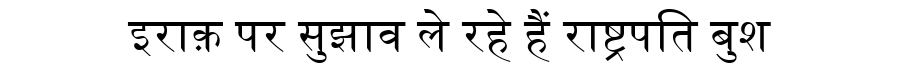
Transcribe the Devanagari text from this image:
इराक़ पर सुझाव ले रहे हैं राष्ट्रपति बुश